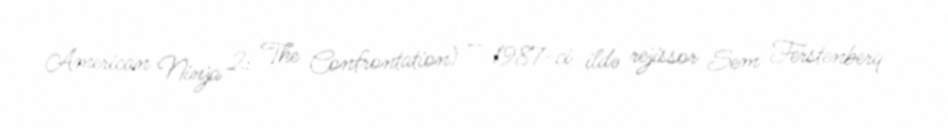
American Ninja 2: The Confrontation) — 1987-ci ildə rejissor Sem Ferstenberq